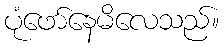
ပုံဖော်နေမိလေသည်။